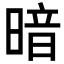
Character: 暗